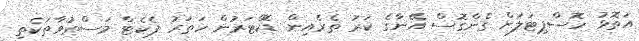
އަތޮޅު ހޮސްޕިޓަލަށް ގެންގޮސް އޭނާގެ ކަރު ތެރެއިން ޑޮކްޓަރުން ހަތަރު ޕެކެޓް މަސްތުވާތަކެތި